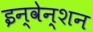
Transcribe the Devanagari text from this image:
इन्वेन्शन